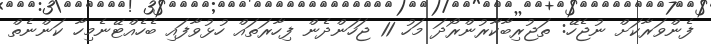
ފެންވަރާކަށް ނުޖެހޭ: ތަޖުރިބާކާރުންރޯދަ މަހު 11 ޖަހަންދެން ފިހާރަތައް ހުޅުވާފައި ބެހެއްޓޭނެމިހާ ކަންނެތް